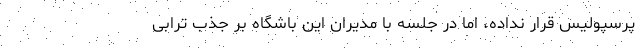
پرسپولیس قرار نداده، اما در جلسه با مدیران این باشگاه بر جذب ترابی